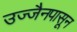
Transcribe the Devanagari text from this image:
उज्जैनपासून